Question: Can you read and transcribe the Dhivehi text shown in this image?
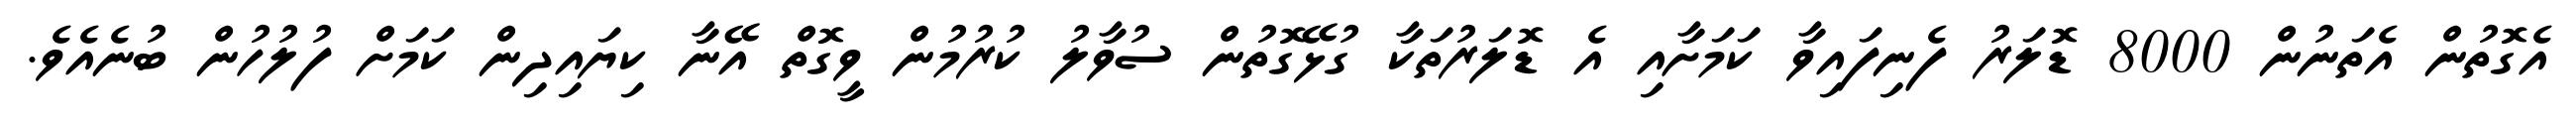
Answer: އެގޮތުން އެތަނުން 8000 ޑޮލަރު ފެނިފައިވާ ކަމަށާއި އެ ޑޮލަރުތަކާ ގުޅޭގޮތުން ސުވާލު ކުރުމުން ވީގޮތް އޭނާ ކިޔައިދިން ކަމަށް ފުލުހުން ބުނެއެވެ.